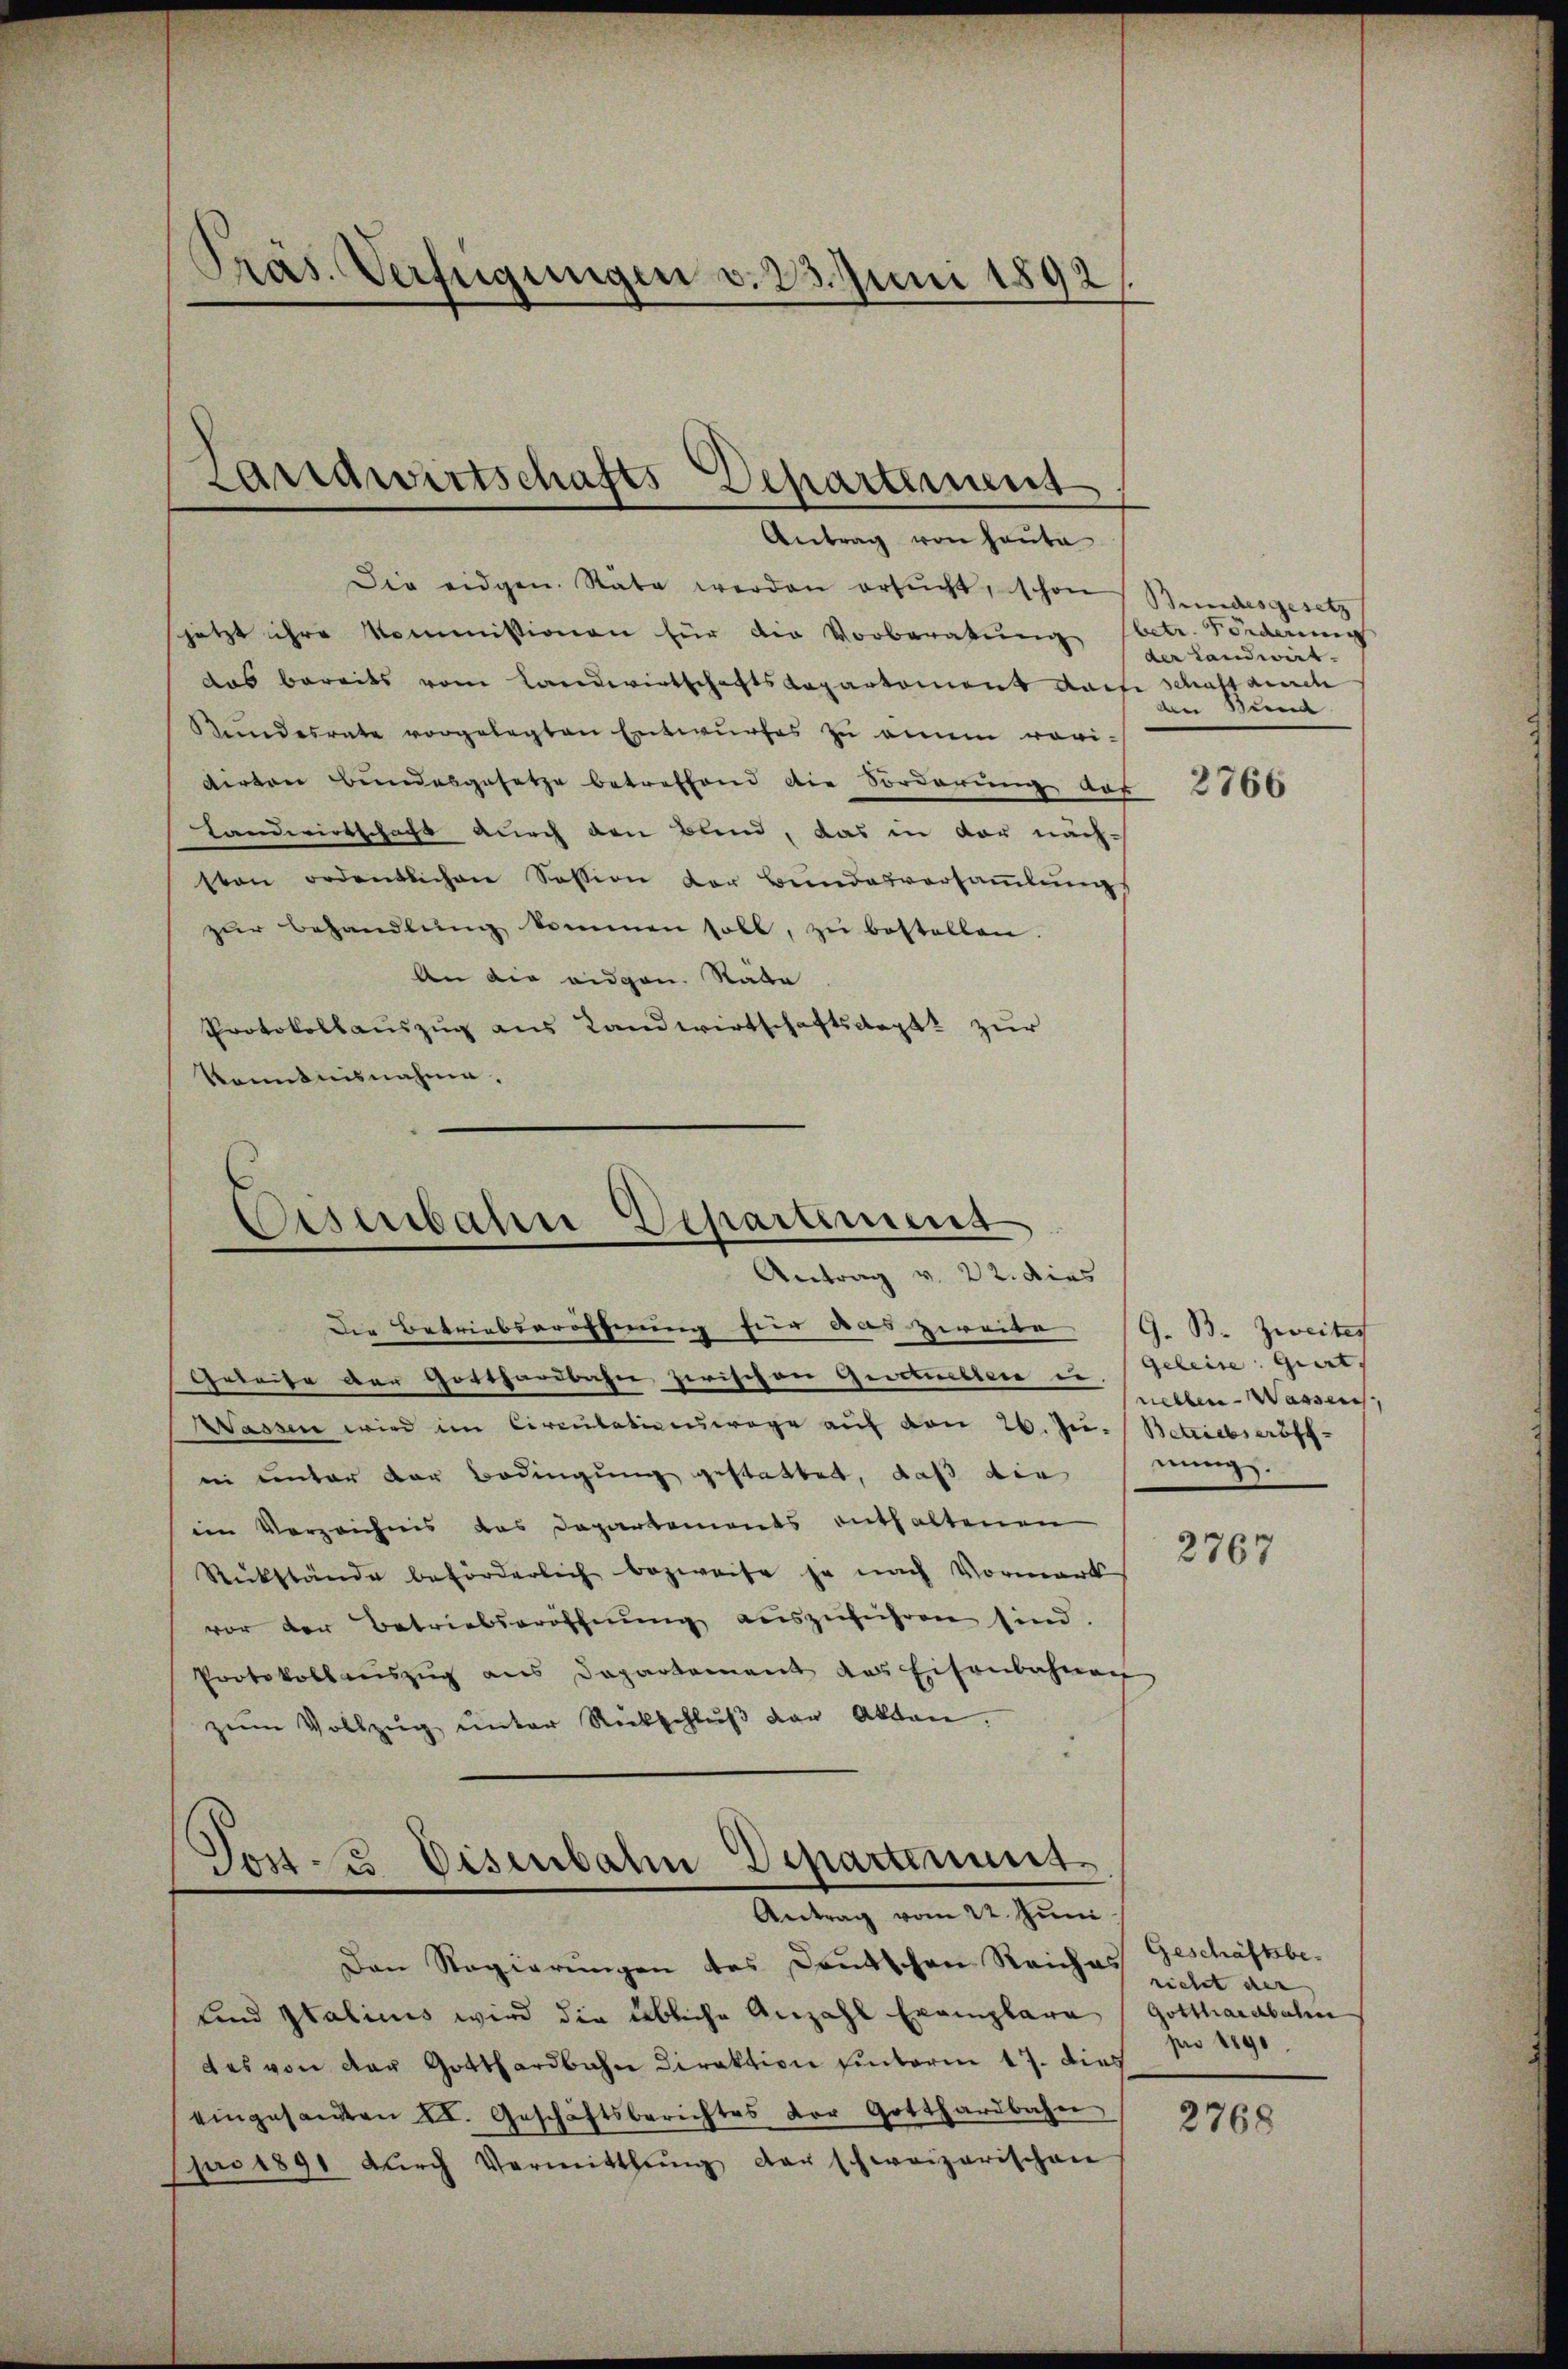
Präs. Verfügungen d. 23. Juni 1892

Landwirtschafts Departement
Antrag von Hauta

Die eidgen. Räte werden ersŭcht, schon Bundesgesetz
jetzt ihre Kommissionen für die Vorberatung betr. Forderung
das bereits vom Landwirtschaftsdepartement darf schaft auch
Stundesrate vorgelegten Entwurfes zu einem revi-
dirten Bundesgesetze betreffend die Sorderung dar
Landwirtschaft auch den Blind, das in vor nachsten ordentlichen Session der Bŭndesversaṁlŭngs
zur Behandlung kommen soll, zu bestellen.
An die augen. Räte
Protokollauszug aus Landwirtschaftskapel zur
Kenntnisnahme.

Eiserbahn Departiment
Antrag v. 22

Die Betriebseröffnung für das Zweite
Geleise der Gotthardbahn zerischen Gesetzestere u. Geleise giert,
Wassen wird im Circulationswage auf von 26. Ju. Betriebseröff-
inn unter der Bedingung gestattet, daß die
im Verzeichnis das Departements enthaltenen
Rückstände beförderlich bezweife ja nach Vormark
vor der Betriebseröffnung auszuführen sind.
Protokollaŭszŭg ans Departement das Eisenbahnen
zŭm Vollzŭg ŭnter Rückschlŭβ der Akten.

Post- u Disenbahn Departement
Antrag vom 22. Juni

Den Regierungen des Deutschen Reiches
unnd Italicus wird die übliche Anzahl Exemplare
des von der Gotthardbahn Direktion hinterm 17. dies
eingesandten II. Geschäftsberichtes der Gotthardbahn
pro 1891 dŭrch Vermitthŭng der schweizerischen

der Landwirt.
den Bund

2766

G. B. Zweiter
nellen - Wassen
nungs.

2767

Geschäftsberieht der |
Gotthardbahn
pro 1890.

2768